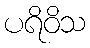
ပရိဝိသ